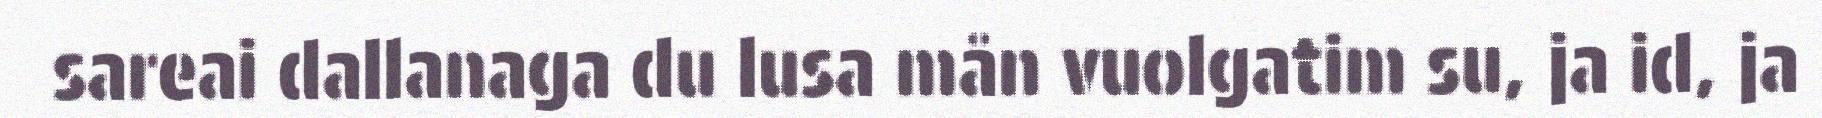
sareai dallanaga du lusa mån vuolgatim su, ja id, ja